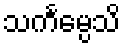
သင်္ကမ္ပေသိ